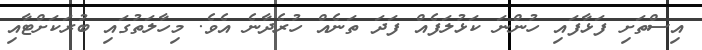
އިސްތަށި ފަޅާފައި ހުންނަ ކަޅުލަފެއް ފަދަ ތަނެއް ހުރެދާނެ އެވެ. މިހާލަތުގައި ބުރަކަށްޓާއި